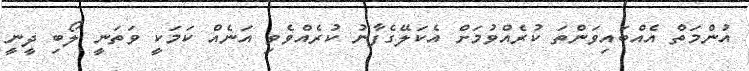
އުންމަތް އެއްބައިވަންތަ ކުރެއްވުމަށް އެކަލޭގެފާނު ކުރެއްވެވި އަނެއް ކަމަކީ ވަތަނީ ލޯބި ދީނީ